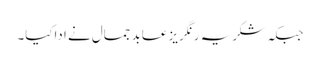
جبکہ شکریہ رنگریز عابد جمال نے اداکیا۔